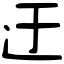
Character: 迂